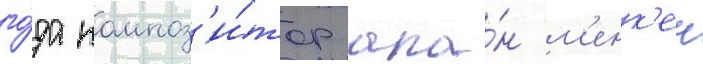
го́да композ'и́тор ала́н м'енк'ен